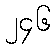
၂၄၆